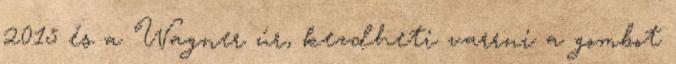
2015 és a Wagner úr, kezdheti varrni a gombot